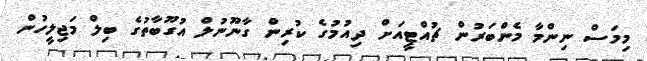
މިމަސް ނިންމާ މެންބަރުން ޗުއްޓީއަށް ދިއުމުގެ ކުރިން ގާނޫނުލް އުގޫބާތުގެ ބިލް މަޖިލީހުން